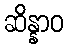
ဆိန္နာဝ